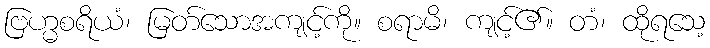
ဗြဟ္မစရိယံ၊ မြတ်သောအကျင့်ကို။ စရာမိ၊ ကျင့်၏။ တံ၊ ထိုရသေ့